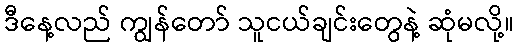
ဒီနေ့လည် ကျွန်တော် သူငယ်ချင်းတွေနဲ့ ဆုံမလို့။